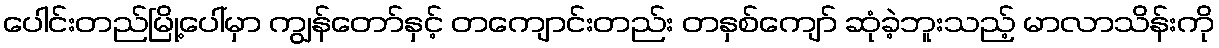
ပေါင်းတည်မြို့ပေါ်မှာ ကျွန်တော်နှင့် တကျောင်းတည်း တနှစ်ကျော် ဆုံခဲ့ဘူးသည့် မာလာသိန်းကို